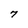
Character: 7